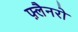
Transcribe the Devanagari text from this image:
फ़्लैनरो